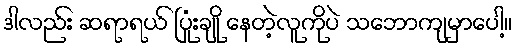
ဒါလည်း ဆရာရယ် ပြုံးချို နေတဲ့လူကိုပဲ သဘောကျမှာပေါ့။